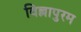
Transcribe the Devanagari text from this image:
विल्लापुरम